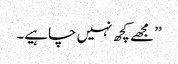
’’مجھے کچھ نہیں چاہیے۔